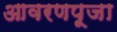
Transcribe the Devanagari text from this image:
आवरणपूजा